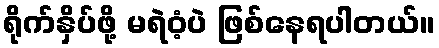
ရိုက်နှိပ်ဖို့ မရဲဝံ့ပဲ ဖြစ်နေရပါတယ်။